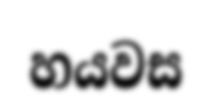
හයවස